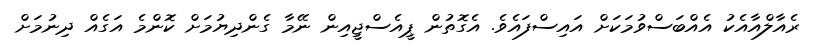
ރެއާލްއާއެކު އެއްބަސްވުމަކަށް އައިސްފައެވެ. އެގޮތުން ޕީއެސްޖީއިން ނޭމާ ގެންދިޔުމަށް ކޮންމެ އަގެއް ދިނުމަށް